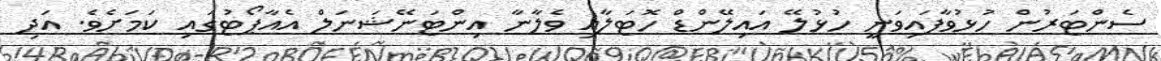
ސެންޓަރުން ހުޅުވާފައިވަނީ ހުޅުލޭ އައިލޭންޑް ހޮޓަލާއި ވެލާނާ އިންޓަނޭޝަނަލް އެއާޕޯޓުގައި ކަމަށެވެ. އަދި